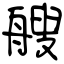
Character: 艘